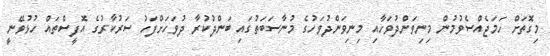
މިގޮތަށް ހަމަޖެއްސެވުމުން މިނިވަންދުވަހާއި މިނިވަންދުވަހުގެ މުނާސަބަތުގައި ބަންދުކުރާ ދުވަހަށްފަހު ސަރުކާރުގެ އޮފީސްތައް ހުޅުވޭނީ